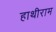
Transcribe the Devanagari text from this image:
हाथीराम